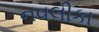
નવલીકા